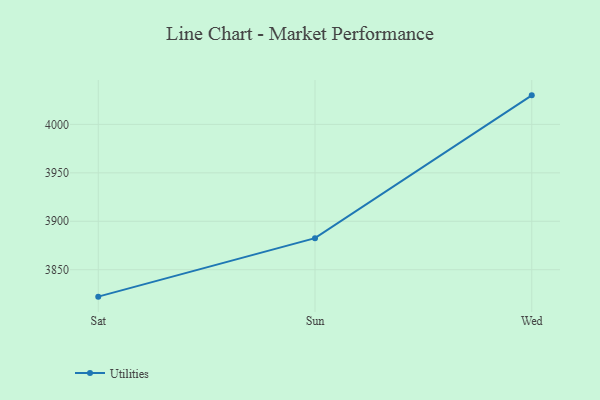
{"axis": {"x": "Day", "y": "Shipments"}, "legend": ["Utilities"], "data": [{"x": "Sat", "y": 3822.2, "type": "Utilities"}, {"x": "Sun", "y": 3882.6, "type": "Utilities"}, {"x": "Wed", "y": 4030.0, "type": "Utilities"}]}